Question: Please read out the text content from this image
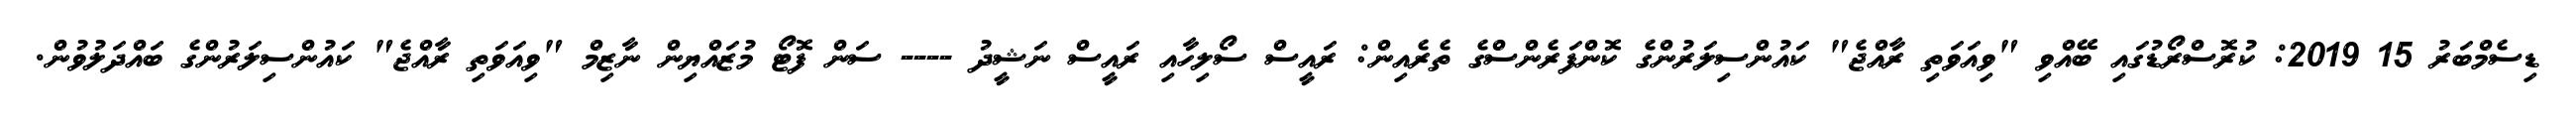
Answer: ޑިސެމްބަރު 15 2019: ކުރޮސްރޯޑުގައި ބޭއްވި "ވިއަވަތި ރާއްޖެ" ކައުންސިލަރުންގެ ކޮންފަރެންސްގެ ތެރެއިން: ރައީސް ސޯލިހާއި ރައީސް ނަޝީދު ---- ސަން ފޮޓޯ މުޒައްޔިން ނާޒިމް "ވިއަވަތި ރާއްޖެ" ކައުންސިލަރުންގެ ބައްދަލުވުން.